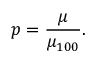
p = \frac { \mu } { \mu _ { 1 0 0 } } .